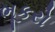
ભૂકરો